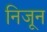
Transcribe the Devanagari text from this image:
निजून